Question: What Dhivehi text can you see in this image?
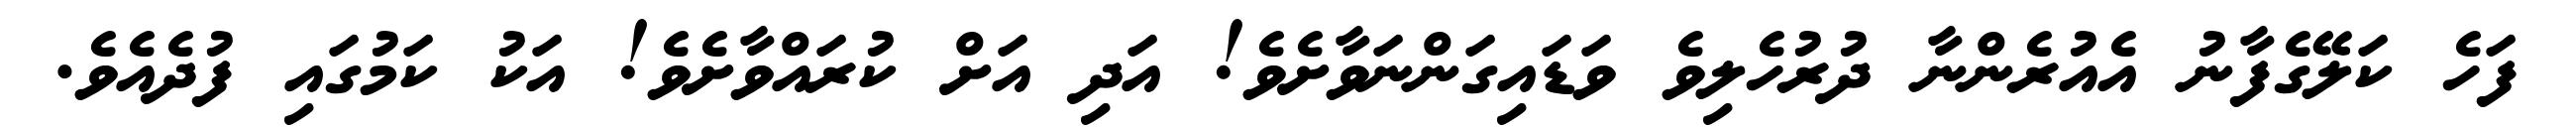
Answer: ފަހެ ކަލޭގެފާނު އެއުރެންނާ ދުރުހެލިވެ ވަޑައިގަންނަވާށެވެ! އަދި އަށް ކުރައްވާށެވެ! އަކު ކަމުގައި ފުދެއެވެ.